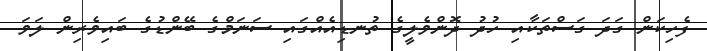
ފެހިކަން ގަދަ ގަސްތަކާއި ހުދު ދޮންވެލީގެ ތުނޑިއެއްގައި ސަނަމްގެ ބޭންޑުގެ ބައިވެރިން ލަވަ